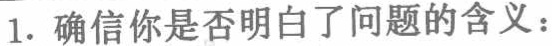
1. 确信你是否明白了问题的含义：